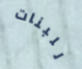
للبنات